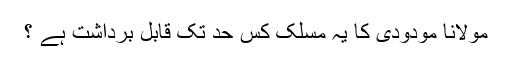
مولانا مودودی کا یہ مسلک کس حد تک قابل برداشت ہے ؟